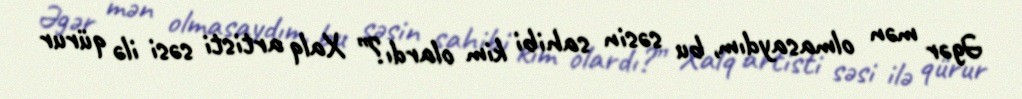
Əgər mən olmasaydım, bu səsin sahibi kim olardı?” Xalq artisti səsi ilə qürur